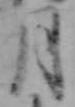
月